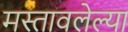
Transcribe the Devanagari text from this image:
मस्तावलेल्या